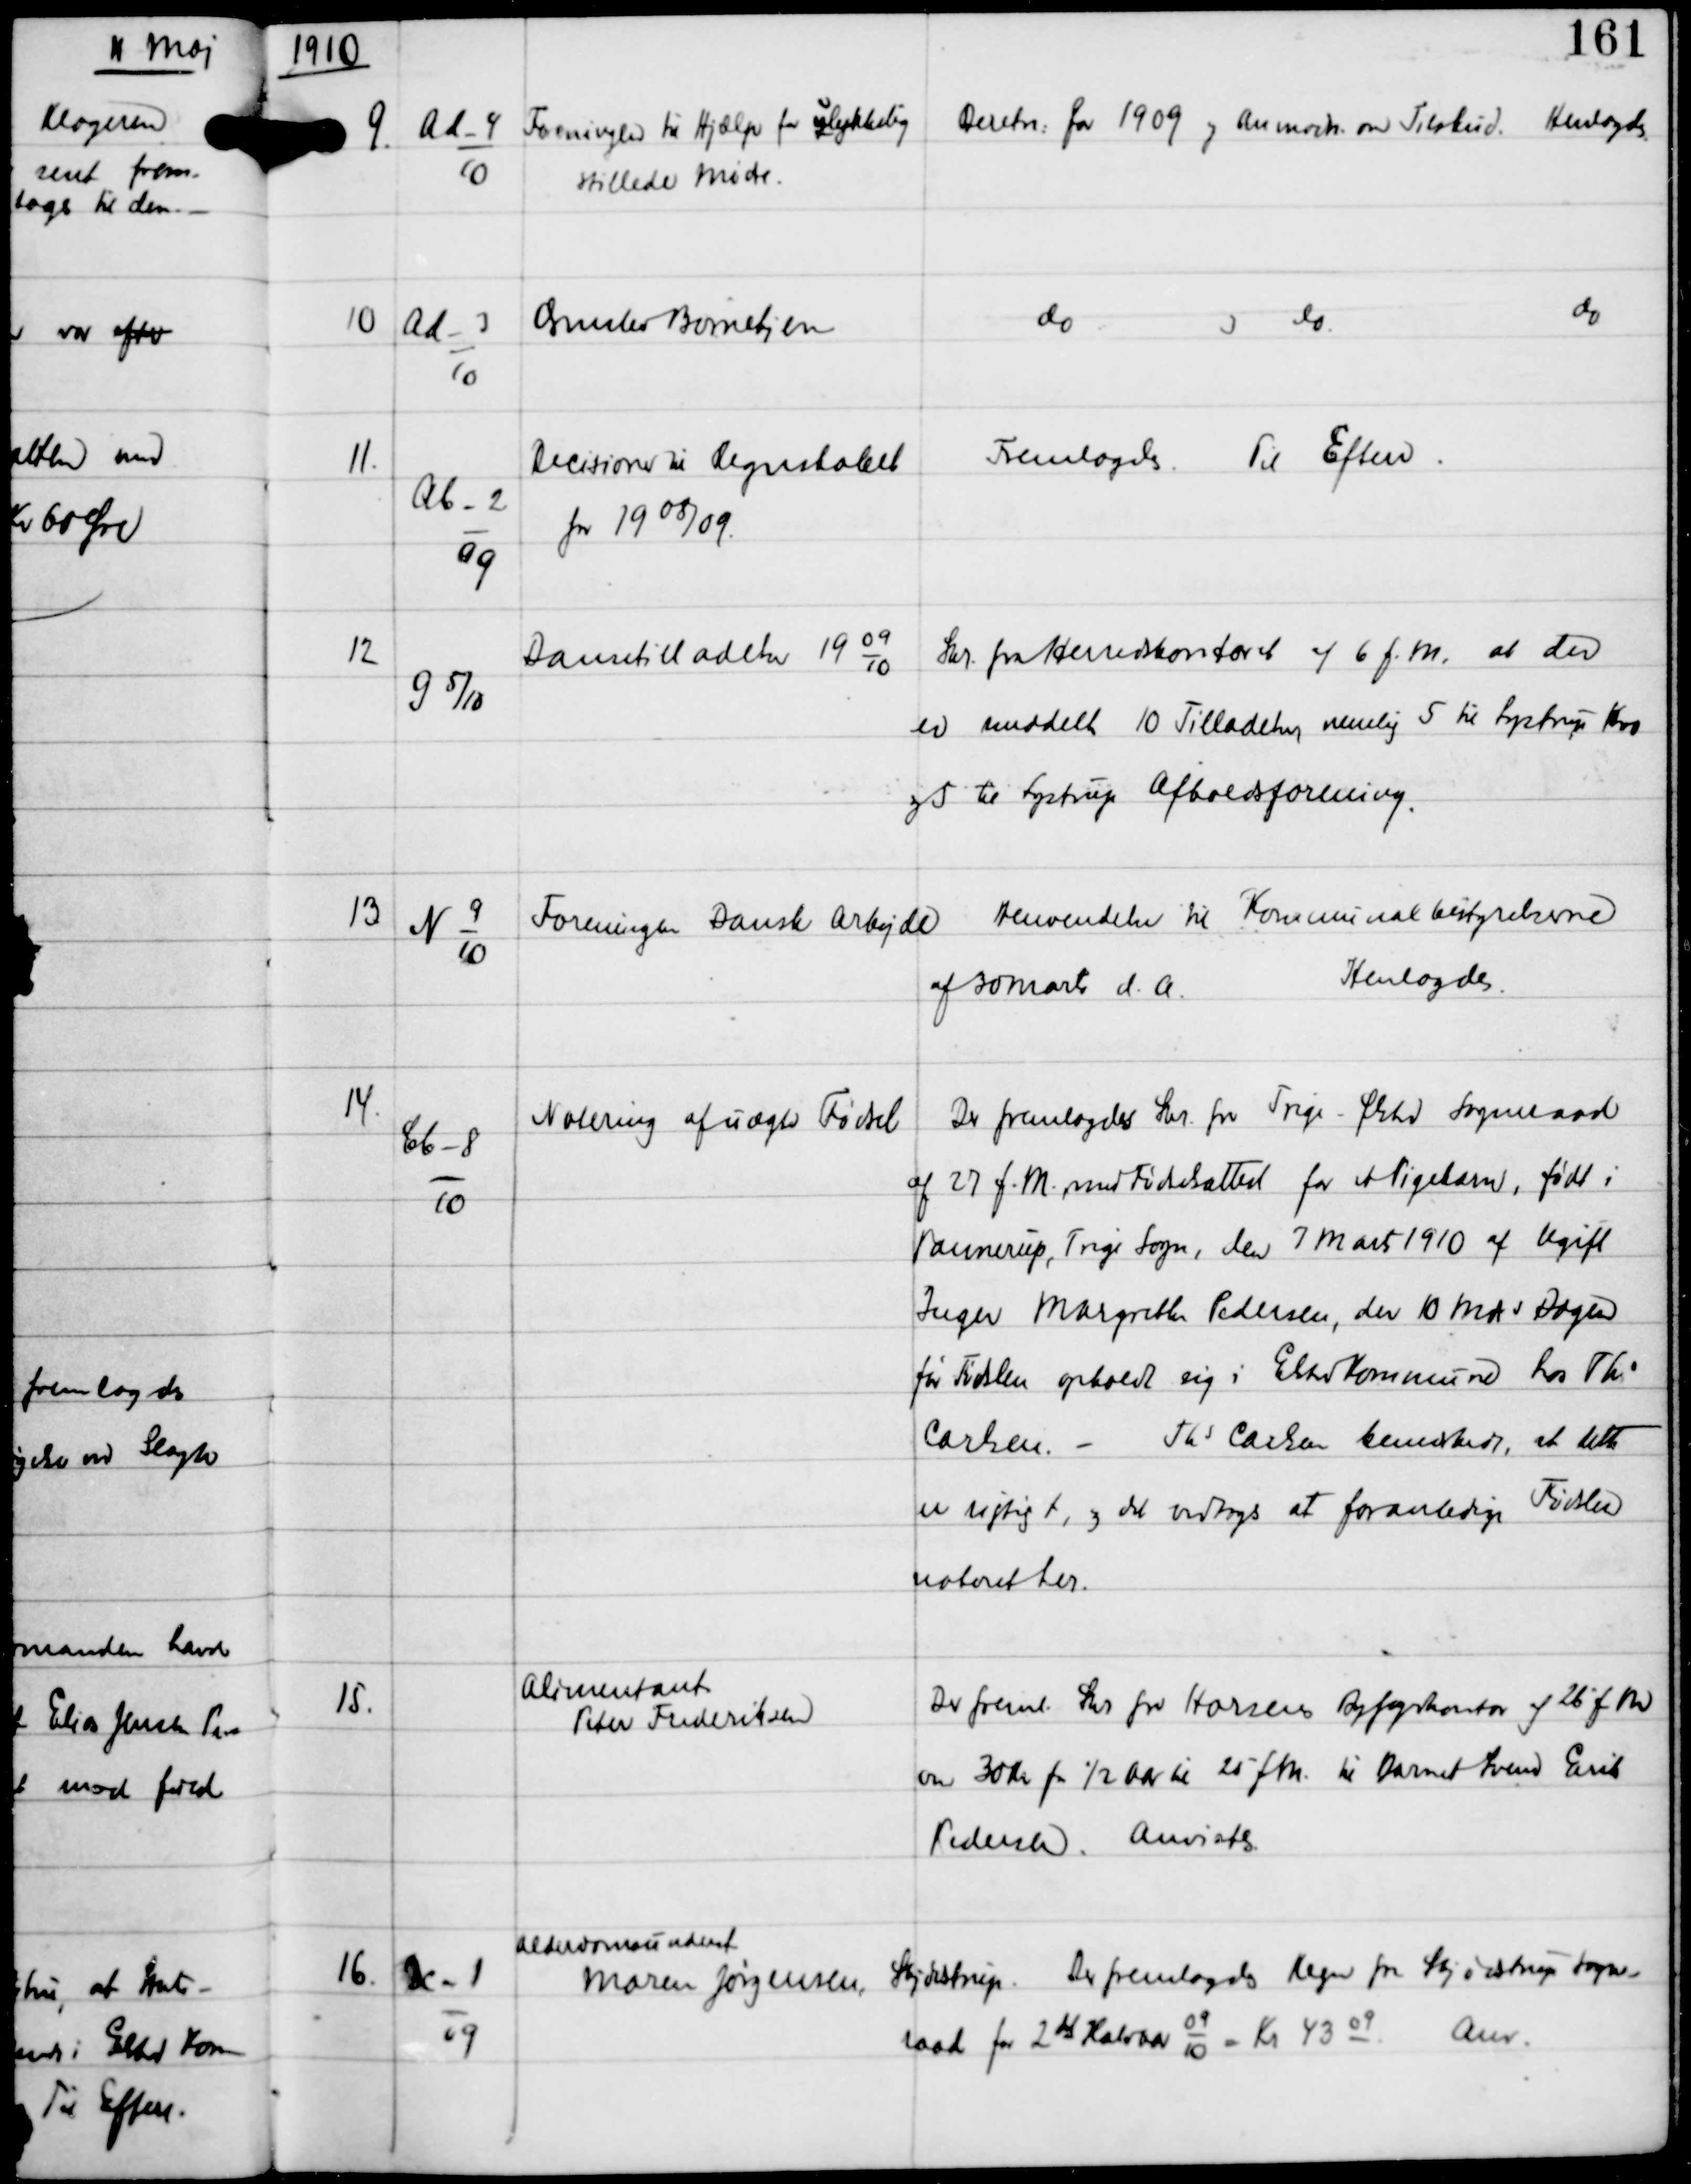
Transskription:
1910

9.

Ad-4
10

Foreningen til Hjælp for ulykkelig
stillede Mødre

Beretn for 1909 og Anmodn om Tilskud.
Henlagdes.

10

Ad-3
10

Ormslev Børnehjem

do
og
do
do

11.

Ab-2
09

Decisioner til Regnskabet
for 19 08/09.

Fremlagdes.
Til Efterr.

12

G 5/10

Dansetilladelser 19
09
10

Skr fra Herredskontoret af 6 f.M, at der
er meddelt 10 Tilladelser, nemlig 5 til Lystrup Kro
og 5 til Lystrup Afholdsforening.

13

N 9
10

Foreningen Dansk Arbejde

Henvendelse til Kommunalbestyrelserne

af 30 Marts d.A.

Henlagdes.

14.

Cb-8
10

Notering af uægte Fødsel

Der fremlagdes Skr fra Trige-Ølsted Sogneraad
af 27 f.M. med Fødselsattest for et Pigebarn, født i
Pannerup, Trige Sogn, den 7 Marts 1910 af Ugift
Inger Margrethe Pedersen, der 10 mds Dagen
før Fødslen opholdt sig i Elsted Kommune hos Ths
Carlsen.
Ths Carlsen bemærkede, at dette
er rigtigt, og det vedtoges at foranledige Fødslen
noteret her.

15.

Alimentant
Peter Frederiksen

Der freml Skr fra Horsens Byfogedkontor af 26' fM
om 30 Kr for ½ Aar til 25 fM. til Barnet Svend Erik
Pedersen.
Anvistes.

16.

Dc-1
09

Alderdomsunderst
Maren Jørgensen, Skødstrup

Der fremlagdes Regn fra Skødstrup Sogne-

raad for 2 det Halvaar
09
10
= Kr 4309.
Anv.